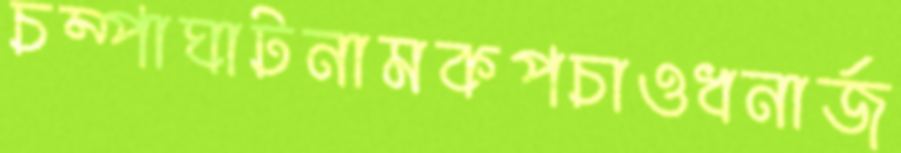
চম্পাঘাটনামকপচাওধনার্জ